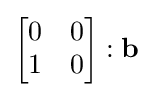
{\begin{bmatrix}0&0\\1&0\end{bmatrix}}:\mathbf {b}